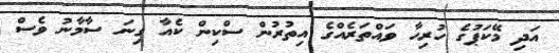
އަދި މޭކަޕުގެ ހުރިހާ ވައްތަރެއްގެ އިތުރުން ސްކިން ކެއާ ގިނަ ސާމާނު ވެސް